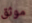
موثق